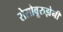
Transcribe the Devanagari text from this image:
रोसोवूरुझेनी